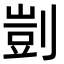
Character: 剴